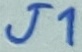
Text: J1